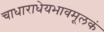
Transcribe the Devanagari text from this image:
चाधाराधेयभावमूलकं